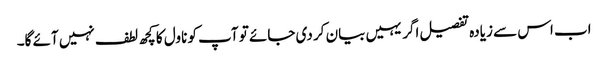
اب اس سے زیادہ تفصیل اگر یہیں بیان کر دی جائے تو آپ کو ناول کا کچھ لطف نہیں آئے گا۔